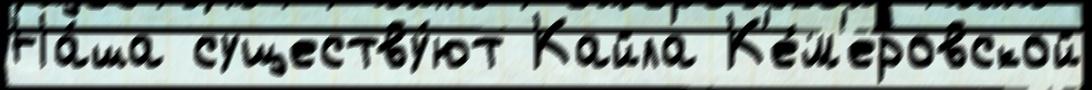
На́ша существу́ют Кайла К'е́м'еровской